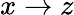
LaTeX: x\rightarrow z